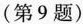
(第9题)